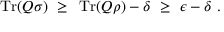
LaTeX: \operatorname { T r } ( Q \sigma ) ~ \geq ~ \operatorname { T r } ( Q \rho ) - \delta ~ \geq ~ \epsilon - \delta ~ .